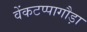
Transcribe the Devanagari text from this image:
वेंकटप्पागौड़ा